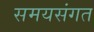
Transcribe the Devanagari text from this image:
समयसंगत